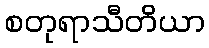
စတုရာသီတိယာ